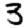
Digit: 3